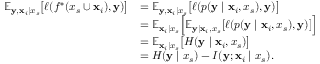
\begin{array} { r l } { \mathbb { E } _ { { \mathbf { y } } , { \mathbf { x } } _ { i } \mid x _ { s } } \big [ \ell ( f ^ { * } ( x _ { s } \cup { \mathbf { x } } _ { i } ) , { \mathbf { y } } ) \big ] } & { = \mathbb { E } _ { { \mathbf { y } } , { \mathbf { x } } _ { i } \mid x _ { s } } \big [ \ell ( p ( { \mathbf { y } } \mid { \mathbf { x } } _ { i } , x _ { s } ) , { \mathbf { y } } ) \big ] } \\ & { = \mathbb { E } _ { { \mathbf { x } } _ { i } \mid x _ { s } } \Big [ \mathbb { E } _ { { \mathbf { y } } \mid { \mathbf { x } } _ { i } , x _ { s } } [ \ell ( p ( { \mathbf { y } } \mid { \mathbf { x } } _ { i } , x _ { s } ) , { \mathbf { y } } ) ] \Big ] } \\ & { = \mathbb { E } _ { { \mathbf { x } } _ { i } \mid x _ { s } } \big [ H ( { \mathbf { y } } \mid { \mathbf { x } } _ { i } , x _ { s } ) \big ] } \\ & { = H ( { \mathbf { y } } \mid x _ { s } ) - I ( { \mathbf { y } } ; { \mathbf { x } } _ { i } \mid x _ { s } ) . } \end{array}